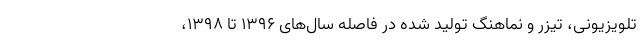
تلویزیونی، تیزر و نماهنگ تولید شده در فاصله سال‌های 1396 تا 1398،